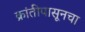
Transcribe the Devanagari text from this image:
क्रांतीपासूनचा